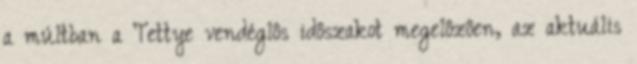
a múltban a Tettye vendéglôs idôszakot megelôzôen, az aktuális